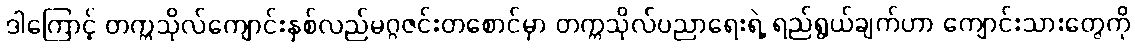
ဒါကြောင့် တက္ကသိုလ်ကျောင်းနှစ်လည်မဂ္ဂဇင်းတစောင်မှာ တက္ကသိုလ်ပညာရေးရဲ့ ရည်ရွယ်ချက်ဟာ ကျောင်းသားတွေကို